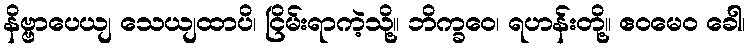
နိဗ္ဗာပေယျ သေယျထာပိ၊ ငြိမ်းရာကဲ့သို့။ ဘိက္ခဝေ၊ ရဟန်းတို့။ ဧဝမေဝ ခေါ၊